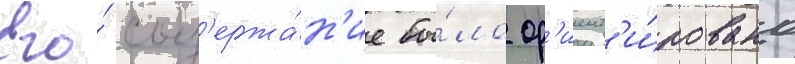
Его́ сод'ержа́н'ие бы́ло ор'иент'и́ровано